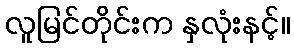
လူမြင်တိုင်းက နှလုံးနင့်။